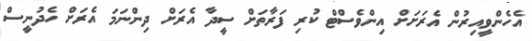
އެހެންވީއިރުން އެރަށަށް އިންވެސްޓް ކުރި ފަރާތަށް ސީދާ އެރަށް ދިންނަމަ އެރަށް ހެދުނީސް